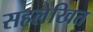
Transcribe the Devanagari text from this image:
सहलेखित